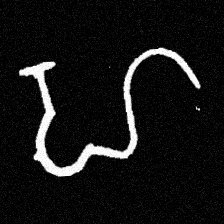
Pyu character \u2014 Myanmar letter: ဟ (romanized: ha)